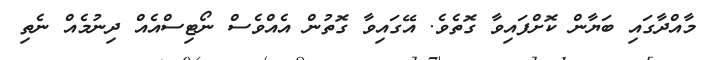
މާއްދާގައި ބަޔާން ކޮށްފައިވާ ގޮތެވެ. އޭގައިވާ ގޮތުން އެއްވެސް ނޯޓިސްއެއް ދިނުމެއް ނެތި